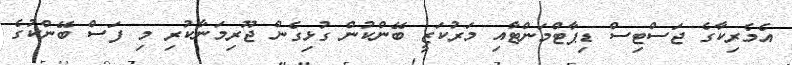
އެމެރިކާގެ ޖަސްޓިސް ޑިޕާޓްމަންޓާއި މަރުކަޒީ ބޭންކުން ގުޅިގެން ޖޫރިމަނާކުރި މި ފަސް ބޭންކުގެ